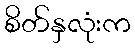
စိတ်နှလုံးက